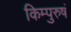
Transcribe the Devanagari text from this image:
किम्पुरुषं